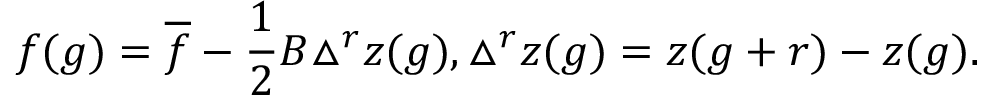
f ( g ) = \overline { { { f } } } - \frac { 1 } { 2 } B \triangle ^ { r } z ( g ) , \triangle ^ { r } z ( g ) = z ( g + r ) - z ( g ) .